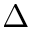
\Delta